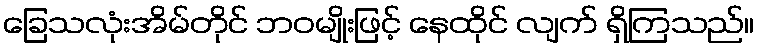
ခြေသလုံးအိမ်တိုင် ဘဝမျိုးဖြင့် နေထိုင် လျက် ရှိကြသည်။